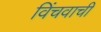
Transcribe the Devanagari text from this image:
विंचवाची